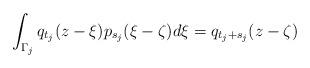
LaTeX: \begin{align*} \int_{\Gamma_j}q_{t_j}(z-\xi)p_{s_j}(\xi-\zeta) d\xi=q_{t_j+s_j}(z-\zeta)\end{align*}